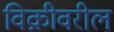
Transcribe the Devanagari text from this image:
विक्रीवरील